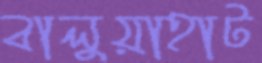
বালুয়াহাট